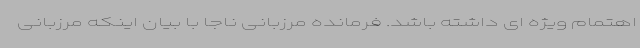
اهتمام ویژه ای داشته باشد. فرمانده مرزبانی ناجا با بیان اینکه مرزبانی